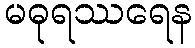
မဓုရဿရေန